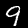
Digit: 9